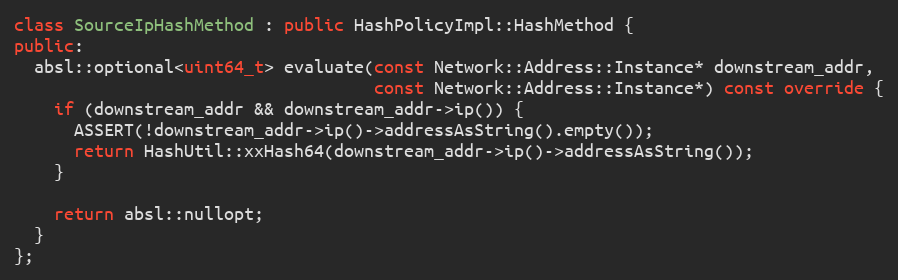
Language: C++
class SourceIpHashMethod : public HashPolicyImpl::HashMethod {
public:
  absl::optional<uint64_t> evaluate(const Network::Address::Instance* downstream_addr,
                                    const Network::Address::Instance*) const override {
    if (downstream_addr && downstream_addr->ip()) {
      ASSERT(!downstream_addr->ip()->addressAsString().empty());
      return HashUtil::xxHash64(downstream_addr->ip()->addressAsString());
    }

    return absl::nullopt;
  }
};